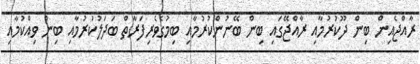
ރާއްޖެއިން ބިން ދޫކުރުމާއި ރާއްޖޭގައި ބިން ބޭނުންކުރުމާއި ބިމުގެވެރިފަރާތް ބަދަލުކުރުމާއި ބިން ވިއްކުމާއި